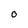
Character: O